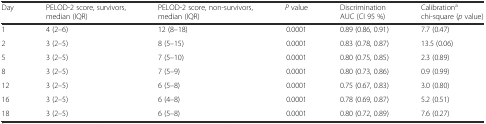
<table><thead><tr><td><b>Day</b></td><td><b>PELOD-2 score, survivors, median (IQR)</b></td><td><b>PELOD-2 score, non-survivors, median (IQR)</b></td><td><b><i>P</i> value</b></td><td><b>Discrimination AUC (CI 95 %)</b></td><td><b>Calibration<sup>a</sup> chi-square (<i>p</i> value)</b></td></tr></thead><tbody><tr><td>1</td><td>4 (2–6)</td><td>12 (8–18)</td><td>0.0001</td><td>0.89 (0.86, 0.91)</td><td>7.7 (0.47)</td></tr><tr><td>2</td><td>3 (2–5)</td><td>8 (5–15)</td><td>0.0001</td><td>0.83 (0.78, 0.87)</td><td>13.5 (0.06)</td></tr><tr><td>5</td><td>3 (2–5)</td><td>7 (5–10)</td><td>0.0001</td><td>0.80 (0.75, 0.85)</td><td>2.3 (0.89)</td></tr><tr><td>8</td><td>3 (2–5)</td><td>7 (5–9)</td><td>0.0001</td><td>0.80 (0.73, 0.86)</td><td>0.9 (0.99)</td></tr><tr><td>12</td><td>3 (2–5)</td><td>6 (5–8)</td><td>0.0001</td><td>0.75 (0.67, 0.83)</td><td>3.0 (0.80)</td></tr><tr><td>16</td><td>3 (2–5)</td><td>6 (4–8)</td><td>0.0001</td><td>0.78 (0.69, 0.87)</td><td>5.2 (0.51)</td></tr><tr><td>18</td><td>3 (2–5)</td><td>6 (5–8)</td><td>0.0001</td><td>0.80 (0.72, 0.89)</td><td>7.6 (0.27)</td></tr></tbody></table>